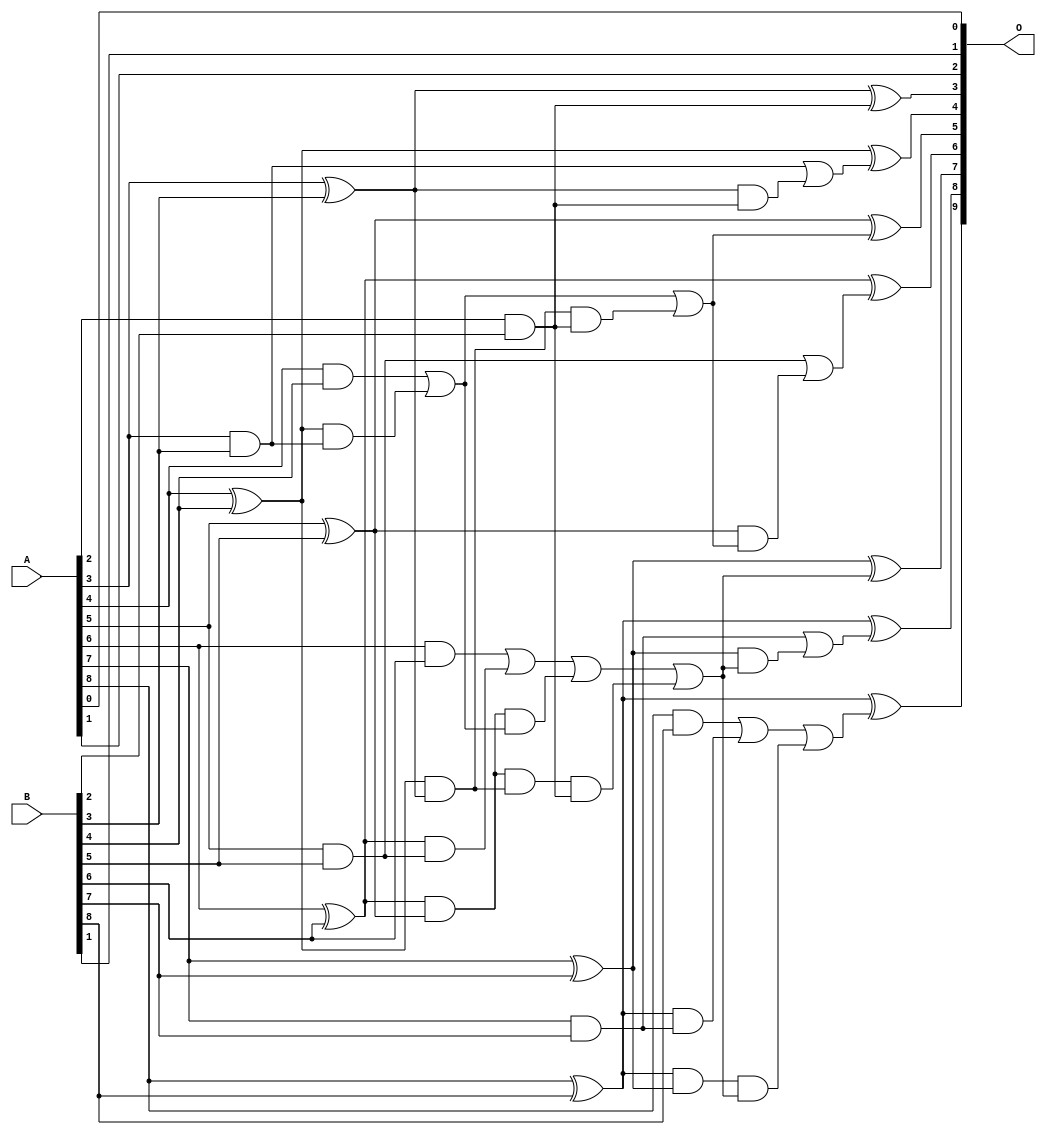
// This program was cloned from: https://github.com/ehw-fit/evoapproxlib
// License: MIT License

/***
* This code is a part of EvoApproxLib library (ehw.fit.vutbr.cz/approxlib) distributed under The MIT License.
* When used, please cite the following article(s): V. Mrazek, L. Sekanina, Z. Vasicek "Libraries of Approximate Circuits: Automated Design and Application in CNN Accelerators" IEEE Journal on Emerging and Selected Topics in Circuits and Systems, Vol 10, No 4, 2020 
* This file contains a circuit from a sub-set of pareto optimal circuits with respect to the pwr and wce parameters
***/
// MAE% = 0.43 %
// MAE = 2.2 
// WCE% = 0.98 %
// WCE = 5.0 
// WCRE% = 500.00 %
// EP% = 87.50 %
// MRE% = 5.17 %
// MSE = 7.5 
// PDK45_PWR = 0.029 mW
// PDK45_AREA = 60.1 um2
// PDK45_DELAY = 0.54 ns

module add9se_0A8 (
    A,
    B,
    O
);

input [8:0] A;
input [8:0] B;
output [9:0] O;

wire sig_22,sig_24,sig_25,sig_26,sig_27,sig_28,sig_29,sig_30,sig_31,sig_32,sig_33,sig_34,sig_36,sig_40,sig_41,sig_42,sig_43,sig_44,sig_45,sig_46;
wire sig_47,sig_48,sig_51,sig_52,sig_53,sig_54,sig_55,sig_56,sig_57,sig_58,sig_59,sig_62,sig_63,sig_64,sig_65,sig_66,sig_67,sig_70,sig_71,sig_72;
wire sig_73,sig_74,sig_75,sig_76;

assign sig_22 = A[2] & B[2];
assign sig_24 = A[3] & B[3];
assign sig_25 = A[3] ^ B[3];
assign sig_26 = A[4] & B[4];
assign sig_27 = A[4] ^ B[4];
assign sig_28 = A[5] & B[5];
assign sig_29 = A[5] ^ B[5];
assign sig_30 = A[6] & B[6];
assign sig_31 = A[6] ^ B[6];
assign sig_32 = A[7] & B[7];
assign sig_33 = A[7] ^ B[7];
assign sig_34 = A[8] & B[8];
assign sig_36 = A[8] ^ B[8];
assign sig_40 = sig_27 & sig_24;
assign sig_41 = sig_27 & sig_25;
assign sig_42 = sig_26 | sig_40;
assign sig_43 = sig_31 & sig_28;
assign sig_44 = sig_31 & sig_29;
assign sig_45 = sig_30 | sig_43;
assign sig_46 = sig_36 & sig_32;
assign sig_47 = sig_36 & sig_33;
assign sig_48 = sig_34 | sig_46;
assign sig_51 = sig_44 & sig_42;
assign sig_52 = sig_44 & sig_41;
assign sig_53 = sig_45 | sig_51;
assign sig_54 = sig_52 & sig_22;
assign sig_55 = sig_53 | sig_54;
assign sig_56 = sig_41 & sig_22;
assign sig_57 = sig_42 | sig_56;
assign sig_58 = sig_47 & sig_55;
assign sig_59 = sig_48 | sig_58;
assign sig_62 = sig_25 & sig_22;
assign sig_63 = sig_24 | sig_62;
assign sig_64 = sig_29 & sig_57;
assign sig_65 = sig_28 | sig_64;
assign sig_66 = sig_33 & sig_55;
assign sig_67 = sig_32 | sig_66;
assign sig_70 = sig_25 ^ sig_22;
assign sig_71 = sig_27 ^ sig_63;
assign sig_72 = sig_29 ^ sig_57;
assign sig_73 = sig_31 ^ sig_65;
assign sig_74 = sig_33 ^ sig_55;
assign sig_75 = sig_36 ^ sig_67;
assign sig_76 = sig_36 ^ sig_59;

assign O[9] = sig_76;
assign O[8] = sig_75;
assign O[7] = sig_74;
assign O[6] = sig_73;
assign O[5] = sig_72;
assign O[4] = sig_71;
assign O[3] = sig_70;
assign O[2] = A[1];
assign O[1] = B[1];
assign O[0] = A[0];

endmodule